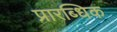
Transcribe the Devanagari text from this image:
प्रारब्धिक